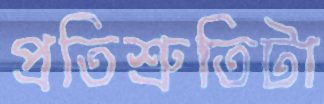
প্রতিশ্রুতিটা